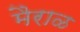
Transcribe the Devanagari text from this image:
मैराळ